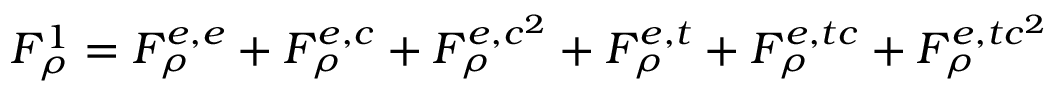
F _ { \rho } ^ { 1 } = F _ { \rho } ^ { e , e } + F _ { \rho } ^ { e , c } + F _ { \rho } ^ { e , c ^ { 2 } } + F _ { \rho } ^ { e , t } + F _ { \rho } ^ { e , t c } + F _ { \rho } ^ { e , t c ^ { 2 } }